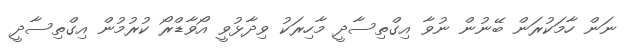
ނަން ހާމަކުރަން ބޭނުން ނުވާ އިގްތިސާދީ މާހިރަކު ވިދާޅުވީ އޯވާޑްރޯ ކުރުމުން އިގްތިސާދީ